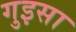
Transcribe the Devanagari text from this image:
गुइसा